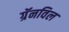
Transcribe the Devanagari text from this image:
ग्रॅनविल